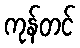
ကုန်တင်